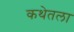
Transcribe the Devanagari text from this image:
कथेतला